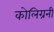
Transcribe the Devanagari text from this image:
कोलिग्रनी